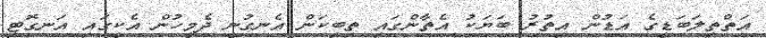
އަތްތިލަބަޑީގެ އަޑުން އިތުރު ބަޔަކު އެތާންގައި ތިބިކަން އެނގުނީ ދެމީހުން އެކީގައި އަނގޮޓި